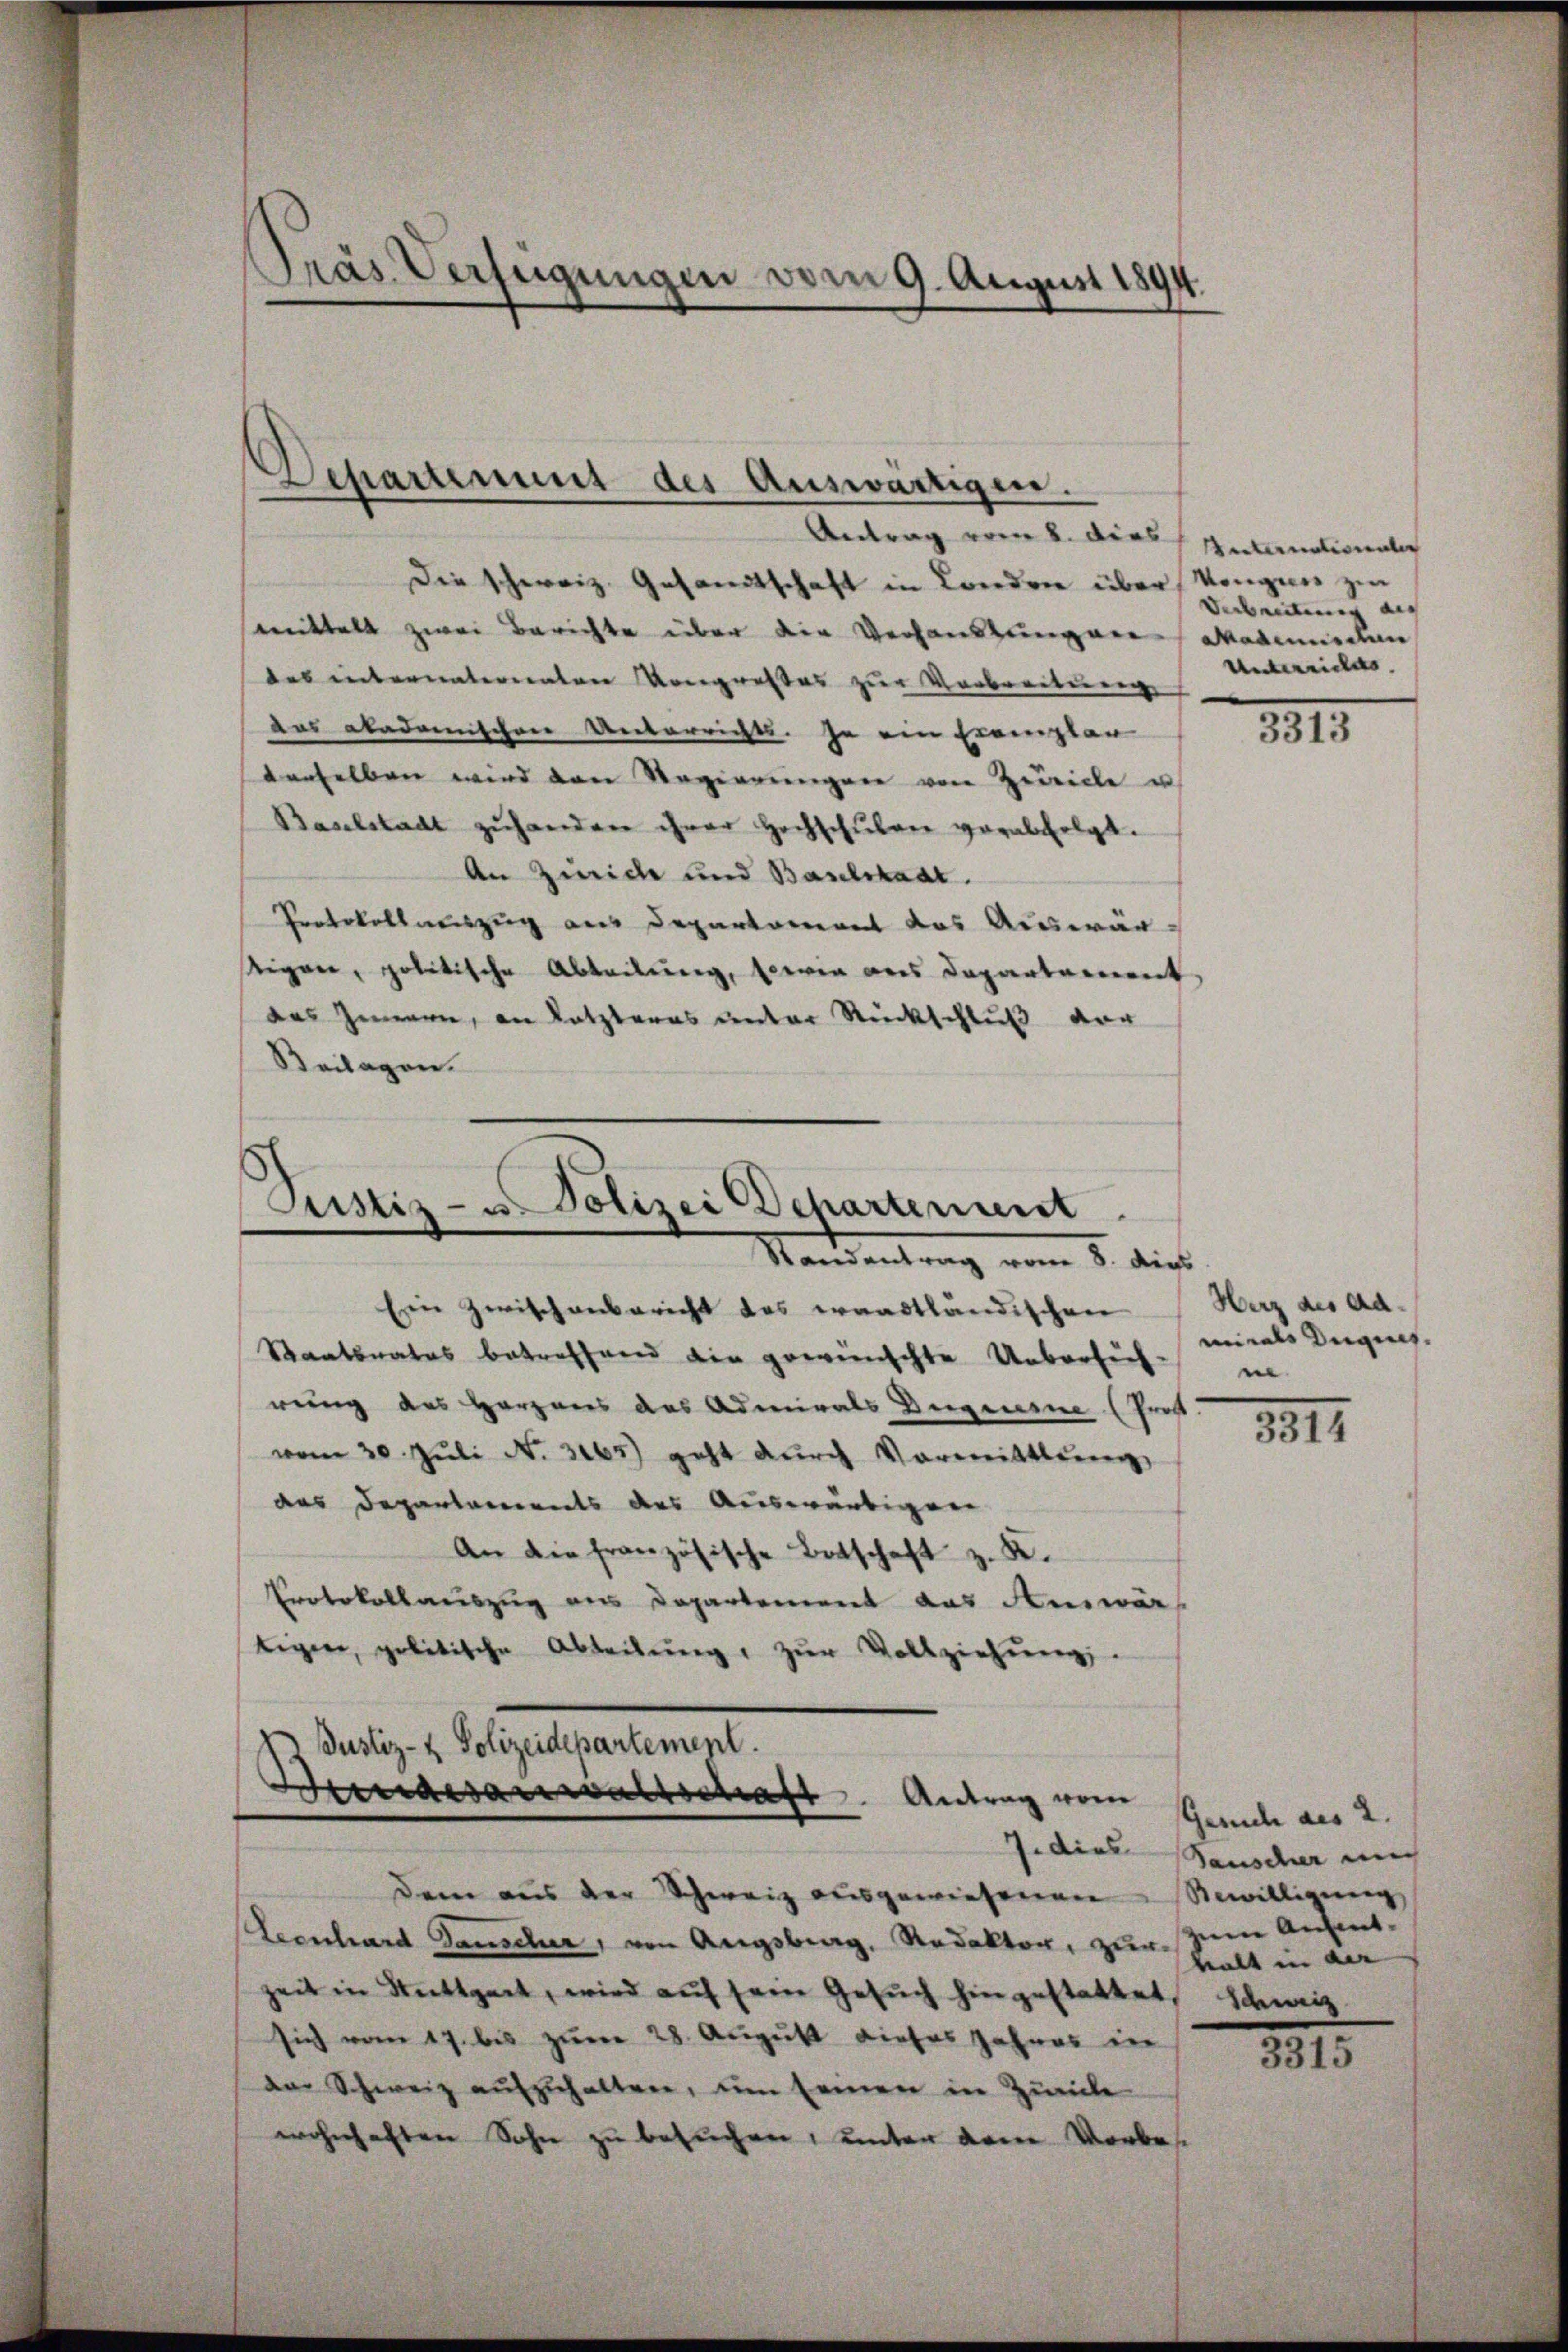
Prás Verfügungen vom 9. August 1894.

Antrag vom 2. dies Internationalr
Die schweiz. Gesandtschaft in Londere über Kongnis zur
mmittelt zwei Berichte über die Verhandlungen Mademischen
das interunterenten Kongresses zur Verbreiterung
das akademischen Unterrichte. Ja ein Exemplar
denselben wird den Regierungen von Zeiche u.
Baselstadt zŭhander ihrer Hochschŭlen verabfolgt.
An Zürich und Baselstadt.
Protokollauszug aus Departement das Auswärtigen, politische Abteilung, sowie aus Departament,
das Innern, an letzteres unter Rückschluß vor
Beilagen.

Departement des Auswärtigen.

Justiz- u. Polizei Departement.
Standentrag vom 8. dies

Ein Zwisch anbericht das waadtländischen
Staatsrates betreffend die gewünschte Uebersich in
rung des Herzens des Admirals Degensne (Pros
vom 20. Juli N. 3165) geht durch Vormittlung
aas Departaments des Auswärtigen
An die französische Botschaft z. K.
Protokollauszug aus Departement das Amwärs
tigier, politische Abteilŭng zŭr Vollziehŭng.

I Justiz- & Polizeidepartement.
Wendesanwaltschaft. Antrag vom

Dem aus der Schweiz ausgewiesenen Bewilligung
Leenhard Ganscher, von Augsbrag, Redaktor, zur ein Ansint-
zeit in Stuttgart, wird auf sein Gesuch hingestattet,
sich vom 17. bis zum 28. August dieses Jahres in
aar Schweiz aufzuhalten, um seinen in Zürich
wohnhaften Sohn zu besuchen, unter dem Vorbes

Verbeitung au
Unterrichts

3915.

Herz des damirals Degens.

3811.

Geruche des 2.
J. dies Sauscher mich
halt in der
Schweiz

1815.